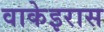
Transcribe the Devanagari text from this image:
वाकेइरास